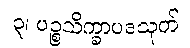
၃၊ ပဉ္စသိက္ခာပဒသုတ်